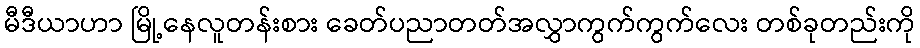
မီဒီယာဟာ မြို့နေလူတန်းစား ခေတ်ပညာတတ်အလွှာကွက်ကွက်လေး တစ်ခုတည်းကို